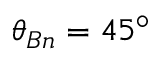
\theta _ { B n } = 4 5 ^ { \circ }